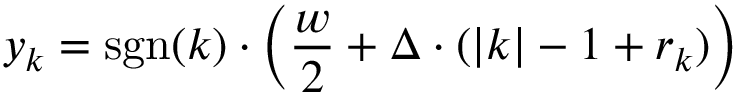
y _ { k } = \operatorname { s g n } ( k ) \cdot \left( { \frac { w } { 2 } } + \Delta \cdot ( | k | - 1 + r _ { k } ) \right)